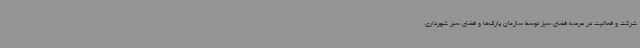
شرکت و فعالیت در عرصه فضای سبز توسط سازمان پارک‌ها و فضای سبز شهرداری